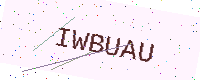
Text: IWBUAU